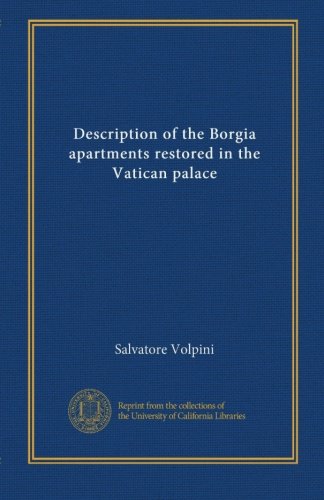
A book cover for Description of the Borgia apartments restored in the Vatican palace (Italian Edition); Salvatore Volpini; Travel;